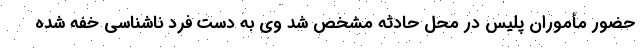
حضور مأموران پلیس در محل حادثه مشخص شد وی به دست فرد ناشناسی خفه شده